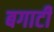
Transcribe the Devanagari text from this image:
बगाटी